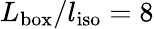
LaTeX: L_{\mathrm{box}}/l_{\mathrm{iso}}=8